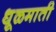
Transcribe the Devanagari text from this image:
धूळमाती